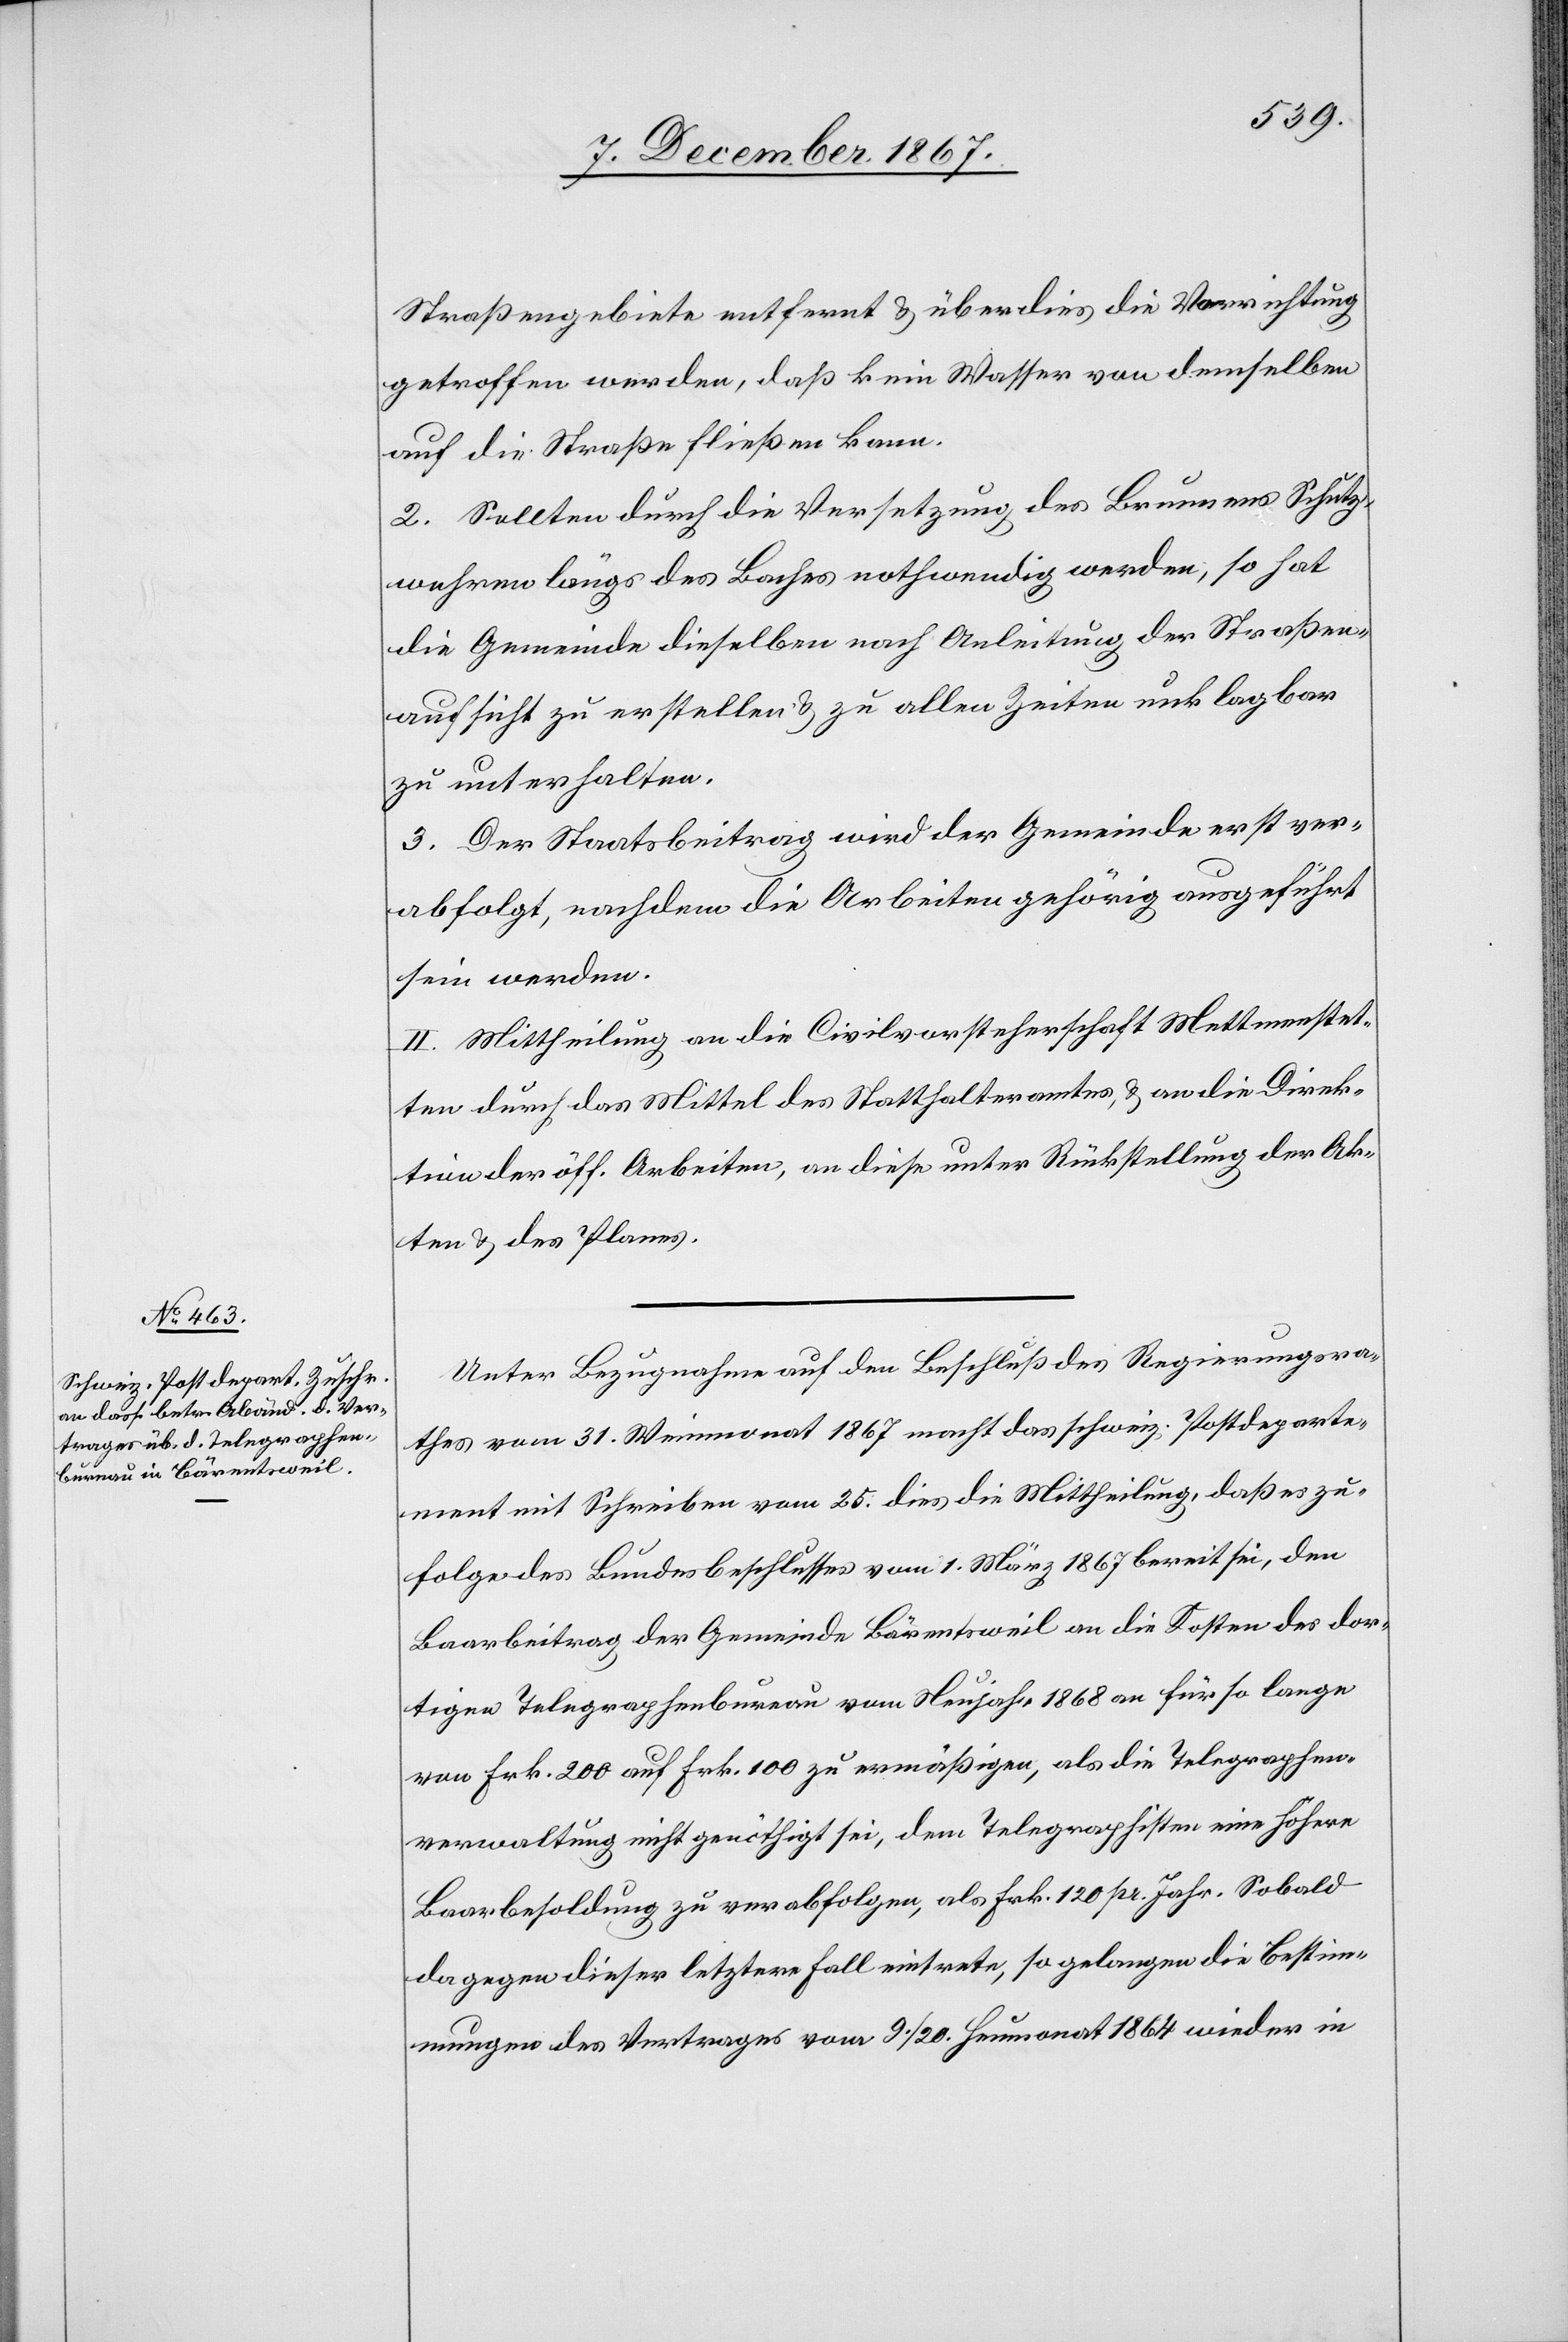
Straßengebiete entfernt u. überdies die Vorrichtung
getroffen werden, daß kein Wasser von demselben
auf die Straße fließen kann.
2. Sollten durch die Versetzung des Brunnens Schutz¬
wehren längs des Baches nothwendig werden, so hat
die Gemeinde dieselben nach Anleitung der Straßen¬
aufsicht zu erstellen u. zu allen Zeiten unklagbar
zu unterhalten.
3. Der Staatsbeitrag wird der Gemeinde erst ver¬
abfolgt, nachdem die Arbeiten gänzlich ausgeführt
II. Mittheilung an die Civilvorsteherschaft Mettmenstet¬
ten durch das Mittel des Statthalteramtes, u. an die Direk¬
tion der öff. Arbeiten, an diese unter Rückstellung der Ak¬
ten u. des Planes.
Unter Bezugnahme auf den Beschluß des Regierungsra¬
thes vom 31. Weinmonat 1867 macht das schweiz. Postdeparte¬
ment mit Schreiben vom 25. dies die Mittheilung, daß es zu¬
folge des Bundesbeschlusses vom 1. März 1867 bereit sei, den
Baarbeitrag der Gemeinde Bärentsweil an die Kosten des dor¬
tigen Telegraphenbureau vom Neujahr 1868 an für so lange
von Frk. 200 auf Frk. 100 zu ermäßigen, als die Telegraphen¬
verwaltung nicht genöthigt sei, dem Telegraphisten eine höhere
Baarbesoldung zu verabfolgen, als Frk. 120 pr. Jahr. Sobald
dagegen dieser letztere Fall eintrete, so gelangen die Bestim¬
mungen des Vertrages vom 9./20. Heumonat 1864 wieder in